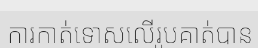
ការកាត់ទោសលើរូបគាត់បាន